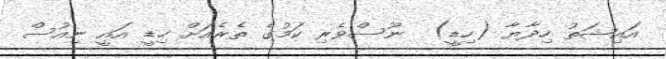
އައިޝަތު ހިދާޔާ (ހިޑީ)  ނޫސްވެރި ކަމުގެ ތެރެއަށް ހިޑީ އައީ ނިއުސް